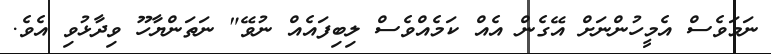
ނަމަވެސް އެމީހުންނަށް އޭގެން އެއް ކަމެއްވެސް ލިބިފައެއް ނުވޭ" ނަތަންޔާހޫ ވިދާޅުވި އެވެ.